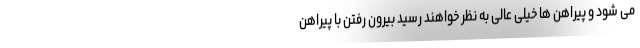
می شود و پیراهن ها خیلی عالی به نظر خواهند رسید بیرون رفتن با پیراهن